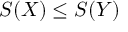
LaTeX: S ( X ) \leq S ( Y )